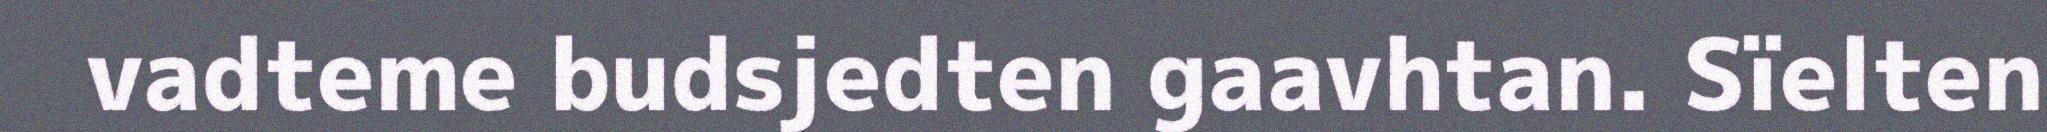
vadteme budsjedten gaavhtan. Sïelten